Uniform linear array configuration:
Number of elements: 32
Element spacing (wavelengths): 0.25
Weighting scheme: hann
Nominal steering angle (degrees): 0
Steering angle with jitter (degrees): -0.1414
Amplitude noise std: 0.05
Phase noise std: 0.05

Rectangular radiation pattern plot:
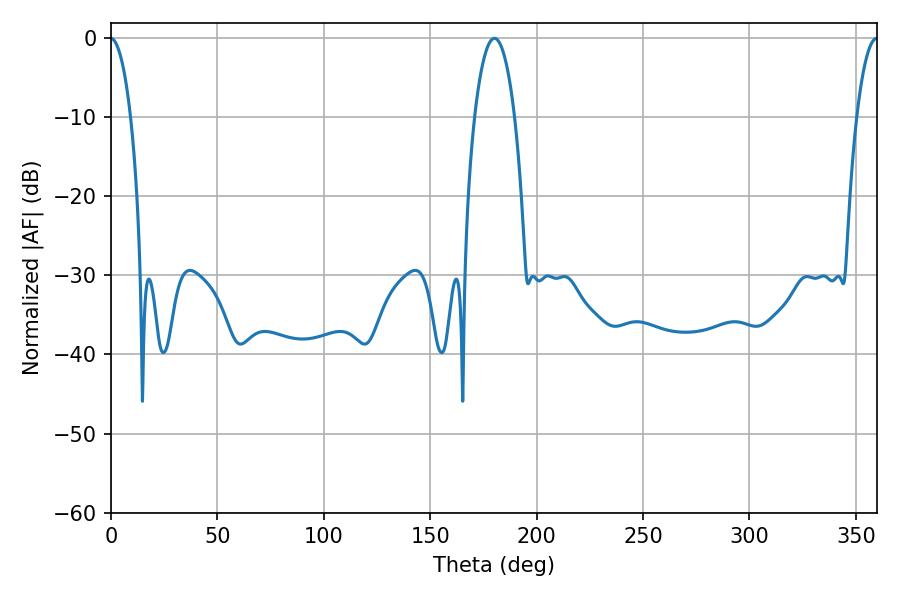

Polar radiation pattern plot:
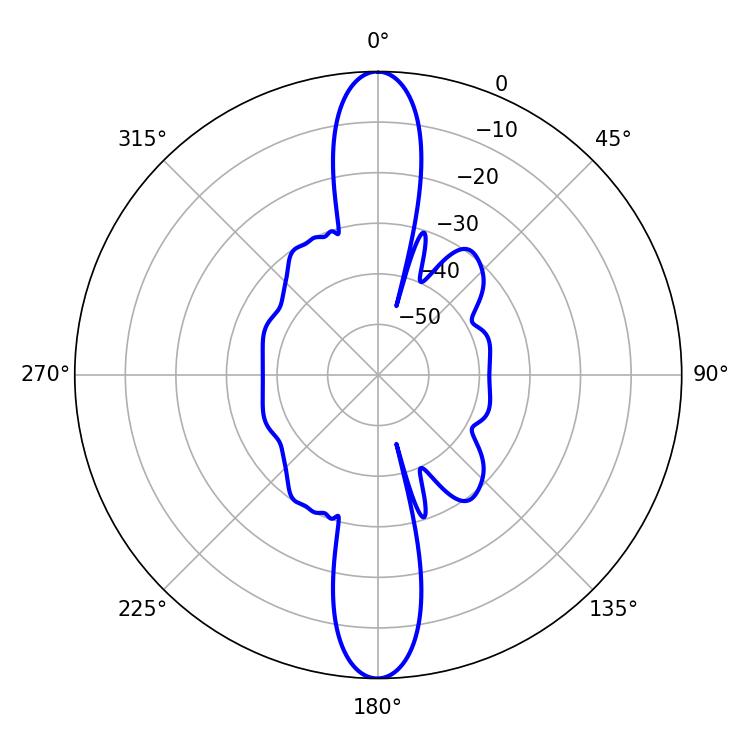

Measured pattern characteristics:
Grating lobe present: FALSE
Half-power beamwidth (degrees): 10.44
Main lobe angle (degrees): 180.18